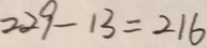
2 2 9 - 1 3 = 2 1 6